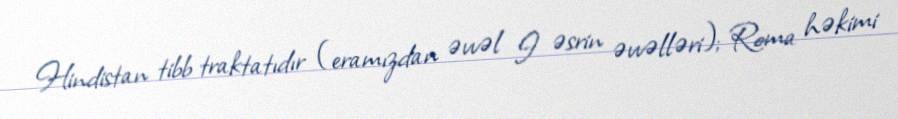
Hindistan tibb traktatıdır (eramızdan əvvəl I əsrin əvvəlləri); Roma həkimi